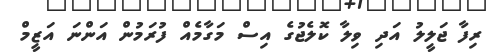
ރިފާ ޖަލީލު އަދި ވިލާ ކޮލެޖުގެ އިސް މަގާމެއް ފުރަމުން އަންނަ އަޒީމް